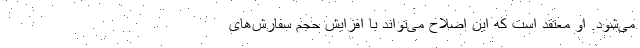
می‌شود. او معتقد است که این اصلاح می‌تواند با افزایش حجم سفارش‌های